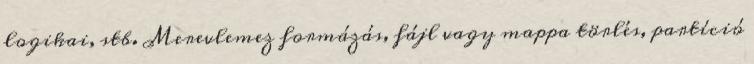
logikai, stb. Merevlemez formázás, fájl vagy mappa törlés, partíció